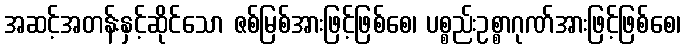
အဆင့်အတန်းနှင့်ဆိုင်သော ဇစ်မြစ်အားဖြင့်ဖြစ်စေ၊ ပစ္စည်းဥစ္စာဂုဏ်အားဖြင့်ဖြစ်စေ၊